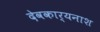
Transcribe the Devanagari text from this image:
देवकार्यनाश